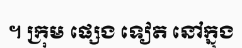
។ ក្រុម ផ្សេង ទៀត នៅក្នុង